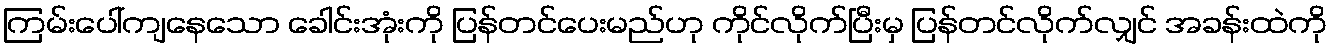
ကြမ်းပေါ်ကျနေသော ခေါင်းအုံးကို ပြန်တင်ပေးမည်ဟု ကိုင်လိုက်ပြီးမှ ပြန်တင်လိုက်လျှင် အခန်းထဲကို